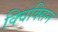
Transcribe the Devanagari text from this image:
क्विक्सिन